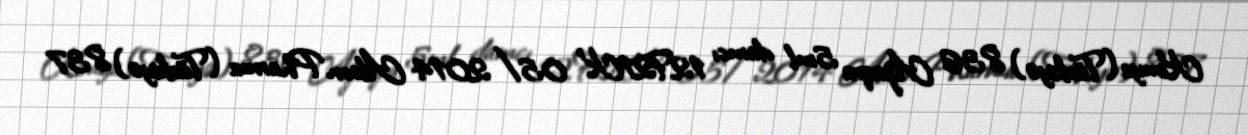
Kimya (Türkiyə) 836 Azaqra 5ml damcı 12F21K 05/2014 Alcon Pharma (Türkiyə) 837